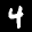
Label: 4